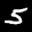
Label: 5